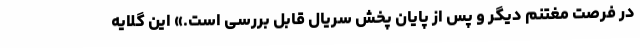
در فرصت مغتنم دیگر و پس از پایان پخش سریال قابل بررسی است.» این گلایه